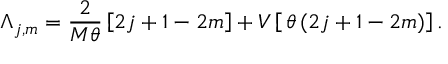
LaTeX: \Lambda _ { j , m } = \frac { 2 } { M \theta } \left[ 2 j + 1 - 2 m \right] + V \left[ \, \theta \, ( 2 j + 1 - 2 m ) \right] .